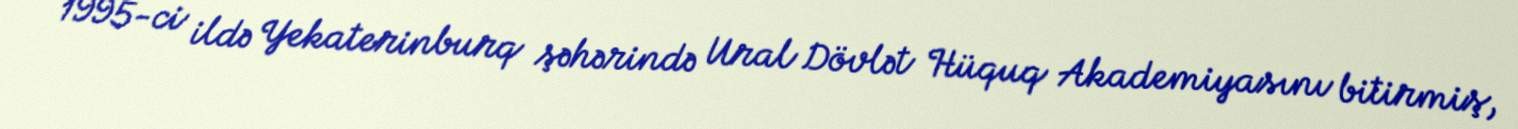
1995-ci ildə Yekaterinburq şəhərində Ural Dövlət Hüquq Akademiyasını bitirmiş,